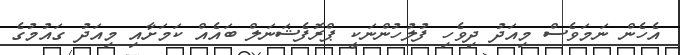
އެހެން ނަމަވެސް މިއަދު ދިވެހި ފުލުހުންނަކީ ޕްރޮފެޝަނަލް ބައެއް ކަމަށާއި މިއަދު ގައުމުގެ